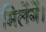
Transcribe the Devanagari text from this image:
मिलेंगें।